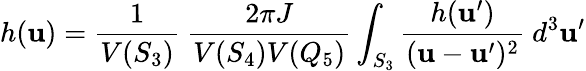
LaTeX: h({\mathbf u})=\frac{1}{V(S_{3})}\ \frac{2\pi J}{V(S_{4})V(Q_{5})}\int_{S_{3}}\frac{h({\mathbf u}^{\prime})}{({\mathbf u}-{\mathbf u}^{\prime})^{2}}\ d^{3}{\mathbf u}^{\prime}